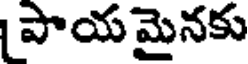
పాయ మైనకు